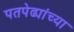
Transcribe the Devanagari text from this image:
पतपेढ्यांच्या